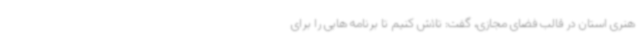
هنری استان در قالب فضای مجازی، گفت: تلاش کنیم تا برنامه هایی را برای